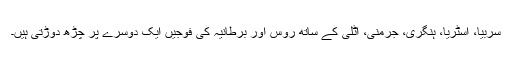
سربیا، آسٹریا، ہنگری، جرمنی، اٹلی کے ساتھ روس اور برطانیہ کی فوجیں ایک دوسرے پر چڑھ دوڑتی ہیں۔